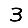
Digit: 3